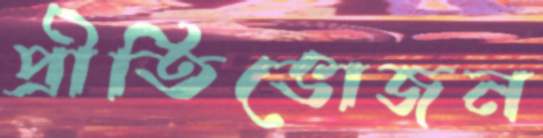
প্রীতিভোজন